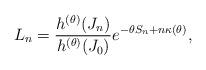
LaTeX: \begin{align*}L_n = \frac{h^{(\theta)}(J_n)}{h^{(\theta)}(J_0)}e^{-\theta{S_n}+n\kappa(\theta)},\end{align*}